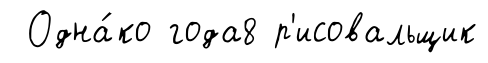
Одна́ко года8 р'исовальщик